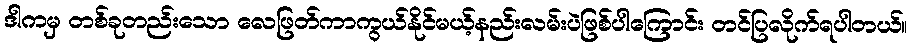
ဒါကမှ တစ်ခုတည်းသော လေဖြတ်ကာကွယ်နိုင်မယ့်နည်းလမ်းပဲဖြစ်ပါကြောင်း တင်ပြလိုက်ရပါတယ်။